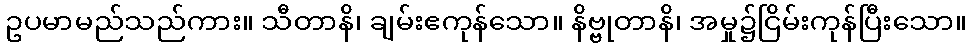
ဥပမာမည်သည်ကား။ သီတာနိ၊ ချမ်းဧကုန်သော။ နိဗ္ဗုတာနိ၊ အမှု၌ငြိမ်းကုန်ပြီးသော။